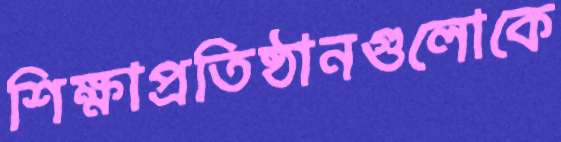
শিক্ষাপ্রতিষ্ঠানগুলোকে